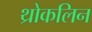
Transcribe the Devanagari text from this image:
थ्रोकलिन